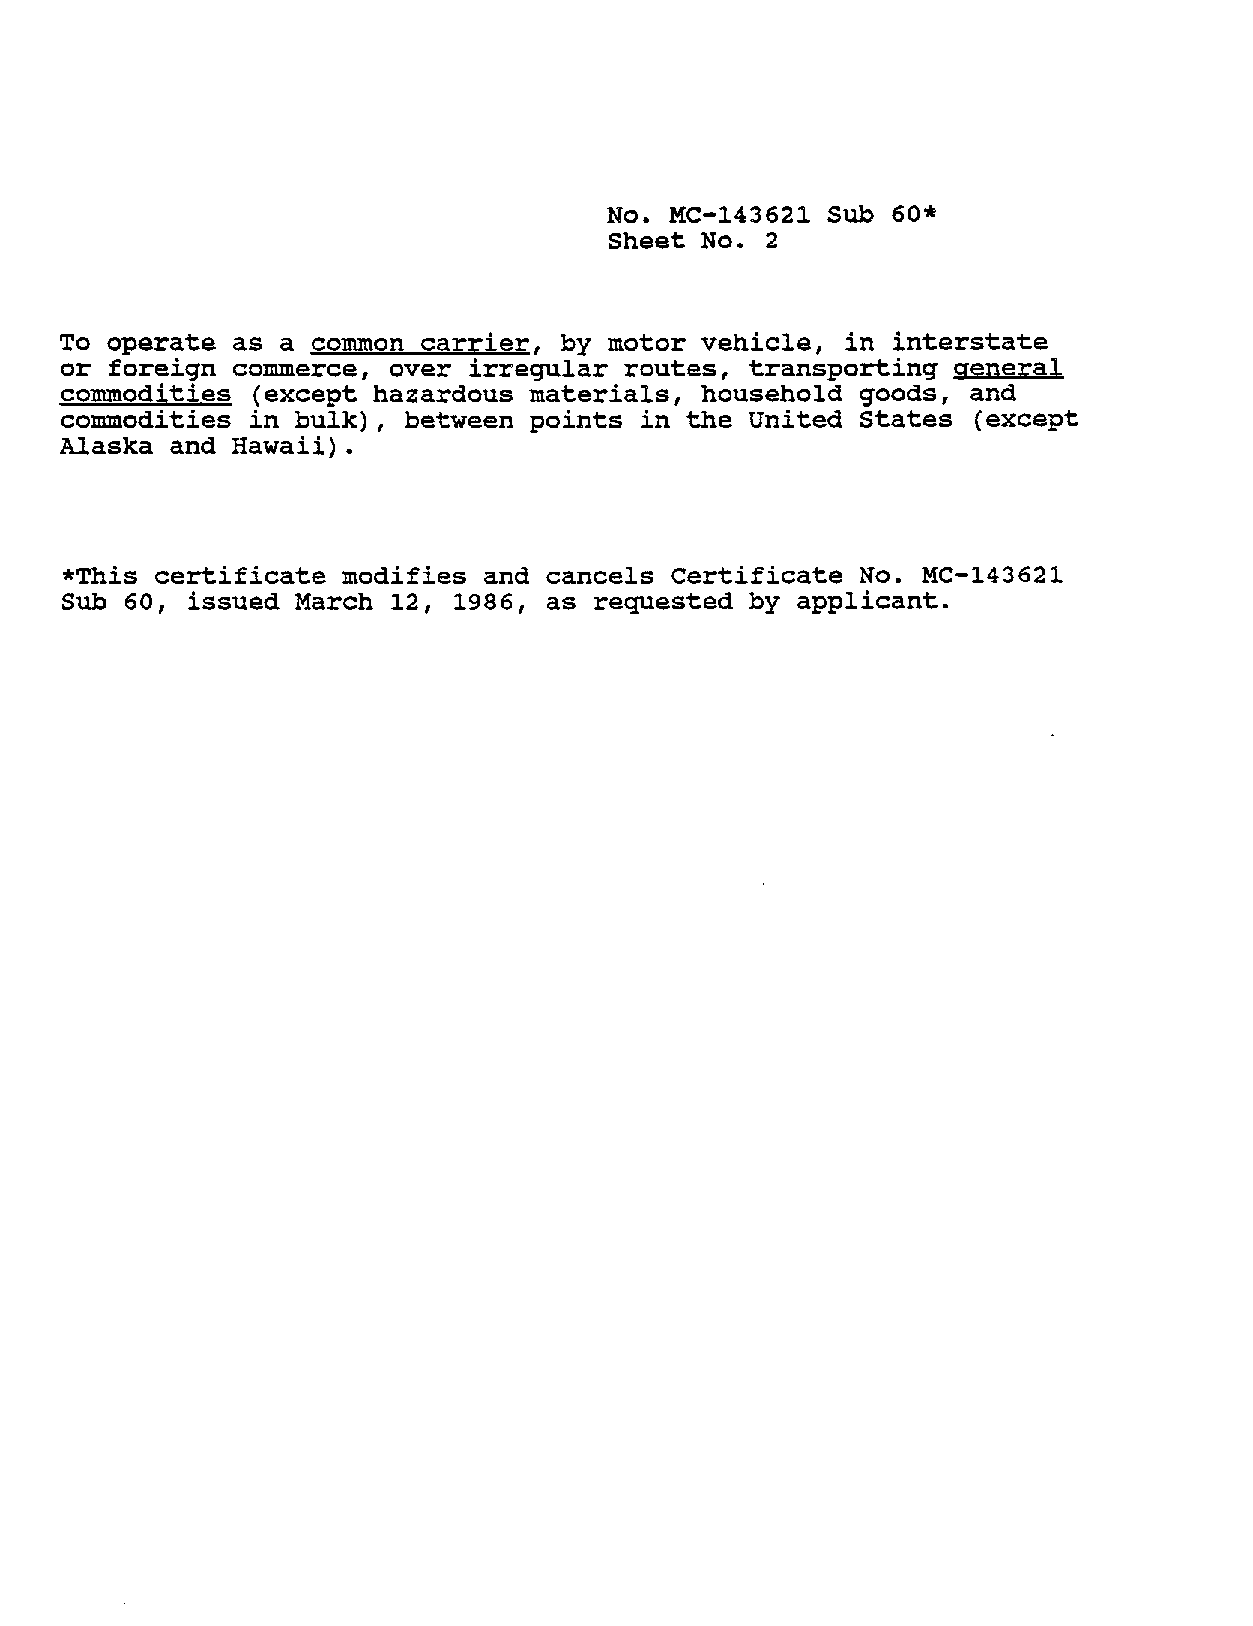
No. MC-143621  Sub 60*
 Sheet No. 2
 To operate as  a common carrier, by motor  vehicle, in interstate
 or foreign commerce,  over irregular routes, transporting  general
 commodities (except  hazardous materials,  household goods, and
 commodities in bulk),  between points in the United States  (except
 Alaska and Hawaii).
 *This certificate  modifies and cancels Certificate  No. MC-143621
 Sub 60, issued  March 12, 1986, as requested  by applicant.